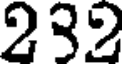
232